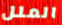
الملل